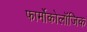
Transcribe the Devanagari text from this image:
फार्मोकोलॉजिक